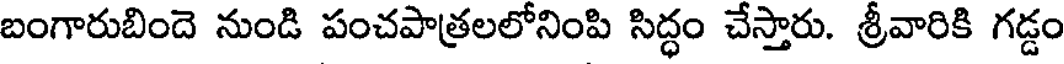
బంగారుబిందె నుండి పంచపాత్రలలోనింపి సిద్ధం చేస్తారు. శ్రీవారికి గడ్డం